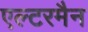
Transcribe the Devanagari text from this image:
एल्टरमैन